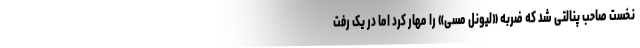
نخست صاحب پنالتی شد که ضربه «لیونل مسی» را مهار کرد اما در یک رفت